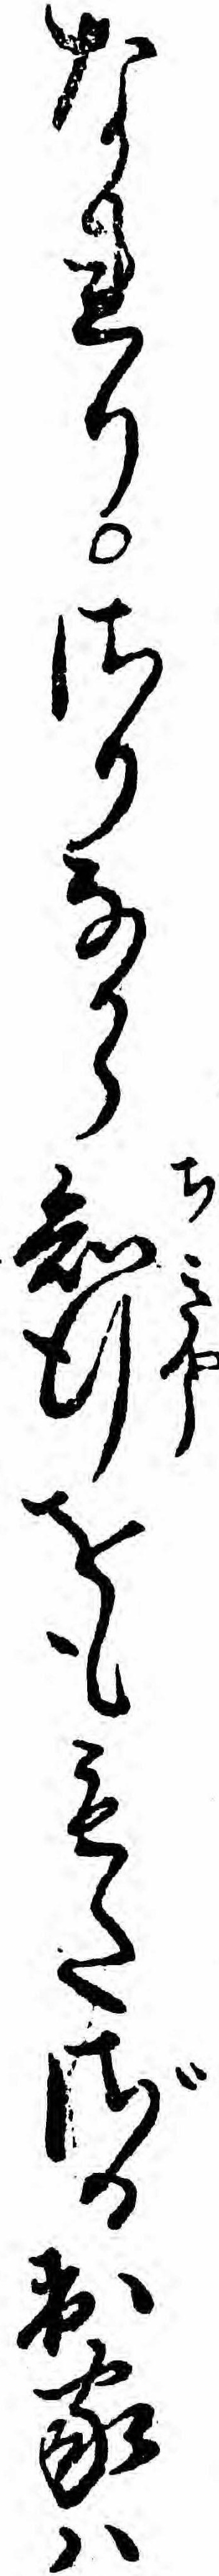
なれりさりなから知行をももたざる出家ハ